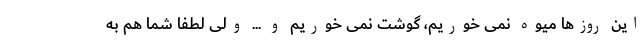
این روزها میوه نمی خوریم، گوشت نمی خوریم و ... ولی لطفا شما هم به